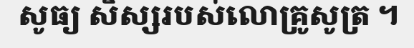
សូធ្យ សិស្សរបស់លោគ្រូសូត្រ ។